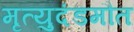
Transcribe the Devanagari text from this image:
मृत्युदंडमौत